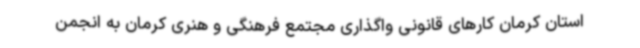
استان کرمان کارهای قانونی واگذاری مجتمع فرهنگی و هنری کرمان به انجمن